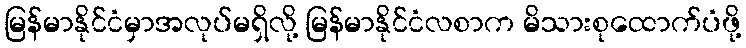
မြန်မာနိုင်ငံမှာအလုပ်မရှိလို့ မြန်မာနိုင်ငံလစာက မိသားစုထောက်ပံဖို့